Lunatic asylums in Bengal annual reports 1888-1898 - 1888-1898
Year: 1888
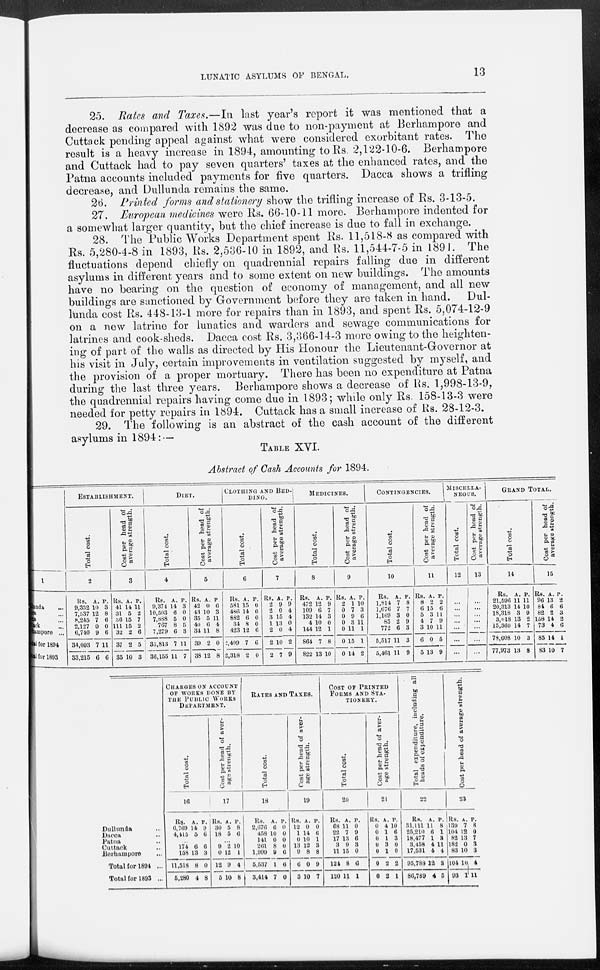
LUNATIC ASYLUMS OF BENGAL.
13
25. Rates and Taxes.—In last year's report it was mentioned that a
decrease as compared with 1892 was due to non-payment at Berhampore and
Cuttack pending appeal against what were considered exorbitant rates. The
result is a heavy increase in 1894, amounting to Rs. 2,122-10-6. Berhampore
and Cuttack had to pay seven quarters' taxes at the enhanced rates, and the
Patna accounts included payments for five quarters. Dacca shows a trifling
decrease, and Dullunda remains the same.
26. Printed forms and stationery show the trifling increase of Rs. 3-13-5.
27. European medicines were Rs. 66-10-11 more. Berhampore indented for
a somewhat larger quantity, but the chief increase is due to fall in exchange.
28. The Public Works Department spent Rs. 11,518-8 as compared with
Rs. 5,280-4-8 in 1893, Rs. 2,536-10 in 1892, and Rs. 11,544-7-5 in 1891. The
fluctuations depend chiefly on quadrennial repairs falling due in different
asylums in different years and to some extent on new buildings. The amounts
have no bearing on the question of economy of management, and all new
buildings are sanctioned by Government before they are taken in hand.
Dul-
lunda cost Rs. 448-13-1 more for repairs than in 1893, and spent Rs. 5,074-12-9
on a new latrine for lunatics and warders and sewage communications for
latrines and cook-sheds. Dacca cost Rs. 3,366-14-3 more owing to the heighten-
ing of part of the walls as directed by His Honour the Lieutenant-Governor at
his visit in July, certain improvements in ventilation suggested by myself, and
the provision of a proper mortuary. There has been no expenditure at Patna
during the last three years. Berhampore shows a decrease of Rs. 1,998-13-9,
the quadrennial repairs having come due in 1893; while only Rs. 158-13-3 were
needed for petty repairs in 1894. Cuttack has a small increase of Rs. 28-12-3.
29. The following is an abstract of the cash account of the different
asylums in 1894: —
TABLE XVI.
Abstract of Cash Accounts for 1894.
1
Dul l anda ...
Patna ...
Dacca ...
Cuttack ...
Berhampore ...
Total for 1894
Total for 1893
ESTABLISHMENT.
Total cost.
2
Rs.
9,352
7,537
8,245
2,127
6,740
34,003
33,215
A.
10
12
7
0
9
7
6
P.
3
8
6
0
6
11
6
Cost per head of
average strength.
3
Rs.
41
31
36
111
32
37
35
A.
14
5
15
15
2
2
10
P.
11
2
7
2
6
5
3
DIET.
Total cost.
4
Rs.
9,374
10,503
7,888
767
7,279
35,813
36,155
A.
14
6
5
8
6
7
11
P.
3
0
0
5
3
11
7
Cost per head of
average strength.
5
Rs.
42
43
35
40
34
39
38
A.
0
10
5
6
11
2
12
P
6
3
11
4
8
0
8
CLOTHING AND BED¬
DING.
Total cost.
6
Rs.
581
486
882
34
423
2,409
2,318
A.
15
14
6
8
12
7
2
P.
0
0
0
0
6
6
0
Cost per head of
average strength.
7
Rs.
2
2
3
1
2
2
2
A.
9
0
15
13
0
10
7
P.
9
4
4
0
4
2
9
MEDICINES.
Total cost.
8
Rs.
472
109
132
4
144
864
822
A.
12
6
14
10
12
7
13
P.
9
7
3
0
1
8
10
Cost per head of
average strength.
9
Rs.
2
0
0
0
0
0
0
A.
1
7
9
3
11
15
14
P.
10
3
6
11
1
1
2
CONTINGENCIES.
Total cost.
10
Rs.
1,814
1,676
1,169
85
772
5,517
5,461
A.
7
7
3
2
6
11
11
P.
8
7
0
9
3
3
9
Cost per head of
average strength.
11
Rs.
8
6
5
4
3
6
5
A.
2
15
3
7
10
0
13
P.
2
6
11
9
11
5
9
MISCELLA¬
NEOUS.
Total cost.
12
...
...
...
...
...
...
...
Cost per head of
average strength.
13
...
...
...
...
...
...
...
GRAND TOTAL.
Total cost.
14
Rs.
21,596
20,313
18,318
3,018
15,360
78,608
77,973
A.
11
14
3
13
14
10
13
P.
11
10
9
2
7
3
8
Cost per head of
average strength.
15
Rs.
96
84
82
158
73
85
83
A.
13
6
2
14
4
14
10
P.
2
6
3
2
6
1
7
Dullunda ...
Dacca ...
Patna ...
Cuttack ...
Berhampore ...
Total for 1894 ...
Total for 1893 ...
CHARGES ON ACCOUNT
OF WORKS DONE BY
THE PUBLIC WORKS
DEPARTMENT.
Total cost.
16
Rs.
6,769
4,415
A.
14
5
P.
9
6
174
158
11,518
5,280
6
13
8
4
6
3
0
8
Cost per head of aver-
age strength.
17
Rs.
30
18
A.
5
5
P.
8
6
...
9
0
12
5
2
12
9
10
10
1
4
8
RATES AND TAXES.
Total cost.
18
Rs.
2,676
458
141
261
1,999
6,537
3,414
A.
6
10
0
8
9
1
7
P.
0
0
0
0
6
0
0
Cost per head of aver-
age strength.
19
Rs.
12
1
0
13
9
6
3
A.
0
14
10
12
8
0
10
P.
0
6
1
3
8
9
7
COST OF PRINTED
FORMS AND STA-
-------.
Total cost.
20
Rs.
68
22
17
3
11
124
120
A.
11
7
13
9
15
8
11
P.
0
9
6
3
0
6
1
Cost per head of aver-
age strength.
21
Rs.
0
0
0
0
0
0
0
A.
4
1
1
3
1
2
2
P.
10
6
3
0
0
2
1
Total expenditure, including at
heads of expenditure.
22
Rs.
31,111
25,210
18,477
3,458
17,531
95,788
86,789
A.
11
6
1
4
4
12
4
P.
8
1
3
11
4
3
5
Cost per head of average strength.
23
Rs.
139
104
82
182
83
104
93
A.
7
12
13
0
10
10
1
p.
8
0
7
3
3
4
11